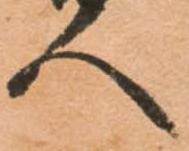
人